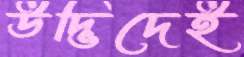
উদ্ভিদেই